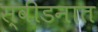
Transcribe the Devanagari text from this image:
स्वीडनात